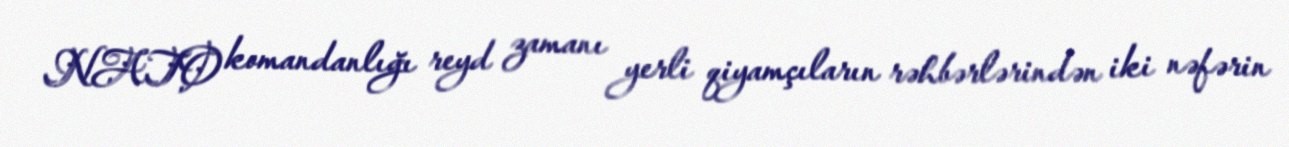
NATO komandanlığı reyd zamanı yerli qiyamçıların rəhbərlərindən iki nəfərin